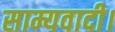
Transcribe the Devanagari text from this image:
साम्यवादी।